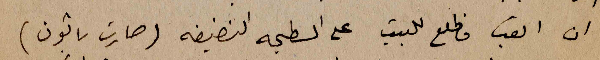
ان اتعب فاطلع للبيت على السطيحه النضيفه ( صارت باتون )